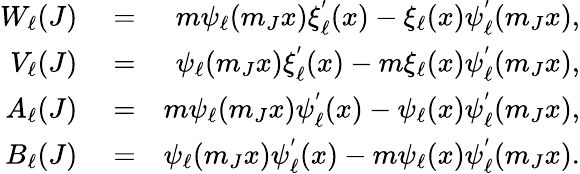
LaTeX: \begin{array}{rlr}{W_{\ell}(J)}&{{}=}&{m\psi_{\ell}(m_{J}x)\xi_{\ell}^{'}(x)-\xi_{\ell}(x)\psi_{\ell}^{'}(m_{J}x),}\\ {V_{\ell}(J)}&{{}=}&{\psi_{\ell}(m_{J}x)\xi_{\ell}^{'}(x)-m\xi_{\ell}(x)\psi_{\ell}^{'}(m_{J}x),}\\ {A_{\ell}(J)}&{{}=}&{m\psi_{\ell}(m_{J}x)\psi_{\ell}^{'}(x)-\psi_{\ell}(x)\psi_{\ell}^{'}(m_{J}x),}\\ {B_{\ell}(J)}&{{}=}&{\psi_{\ell}(m_{J}x)\psi_{\ell}^{'}(x)-m\psi_{\ell}(x)\psi_{\ell}^{'}(m_{J}x).}\end{array}